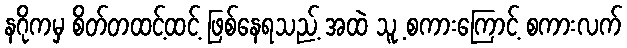
နဂိုကမှ စိတ်တထင့်ထင့် ဖြစ်နေရသည့် အထဲ သူ့ စကားကြောင့် စကားလက်